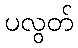
ပလွတ်